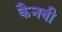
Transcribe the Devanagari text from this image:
कैनबी